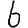
Digit: 6